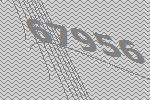
67956